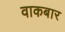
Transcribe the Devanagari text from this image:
वाकबार